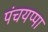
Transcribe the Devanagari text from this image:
पंचयप्पा